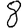
Digit: 8